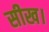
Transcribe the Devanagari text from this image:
सीख।